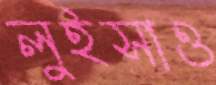
লুইসাও